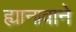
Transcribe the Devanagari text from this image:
ह्यानावाने